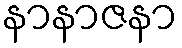
နာနာဇနာ